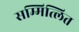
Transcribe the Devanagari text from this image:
सम्मित्लित